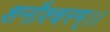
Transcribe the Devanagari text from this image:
शनौश्चरम्।।